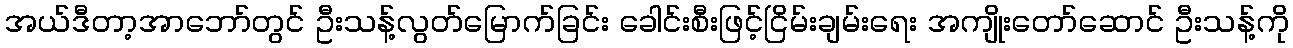
အယ်ဒီတာ့အာဘော်တွင် ဦးသန့်လွတ်မြောက်ခြင်း ခေါင်းစီးဖြင့်ငြိမ်းချမ်းရေး အကျိုးတော်ဆောင် ဦးသန့်ကို